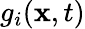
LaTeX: g_{i}(\mathbf{x},t)